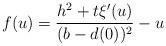
LaTeX: \begin{align*} f(u)=\frac{h^2+t\xi'(u)}{( {b}- {d}(0))^2}-u\end{align*}